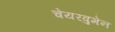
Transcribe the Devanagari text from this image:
चेयरवुमेन